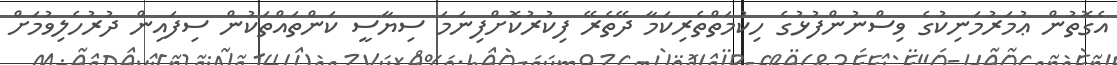
އެގޮތުން ޢުމަރުމަނިކުގެ ވިސްނުންފުޅުގެ ހިކުމަތްތެރިކަމާ ދޭތެރޭ ފިކުރުކޮށްފިނަމަ ސިޔާސީ ކަންތައްތަކުން ސިފައިން ދުރުހެލިވުމަށް